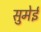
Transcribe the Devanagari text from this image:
सुमेई